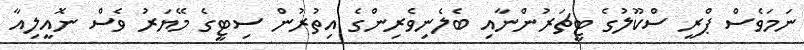
ނަމަވެސް ޕްރީ ސްކޫލުގެ ޓީޗަރުންނާއި ބެލެނިވެރިންގެ އިތުރުން ސިޓީގެ މޭޔަރު ވެސް ނޮއީލިއާ